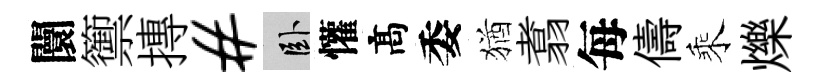
闤籞摶#卧懽髙委猶翥每儔乘爍